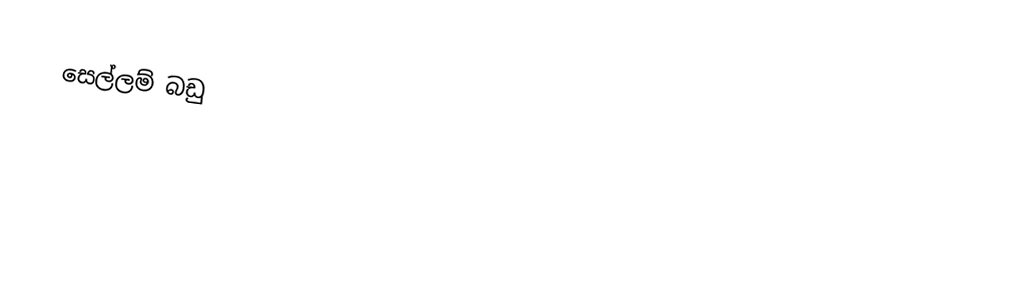
සෙල්ලම් බඩු